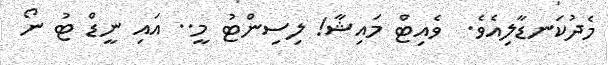
މެދުކަނޑާލިއެވެ.  ވެއިޓް މައިޝާ! ލިސިންޓު މީ.. އައި ނީޑް ޓު ނޯ